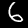
Digit: 6